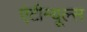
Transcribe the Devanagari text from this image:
एंटीन्यूल्स